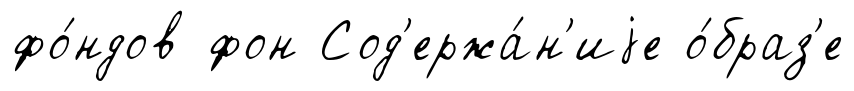
фо́ндов фон Сод'ержа́н'иjе о́браз'е